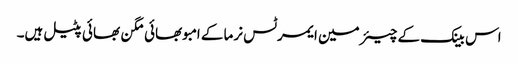
اس بینک کے چیئرمین ایمرٹس نرما کے امبوبھائی مگن بھائی پٹیل ہیں۔